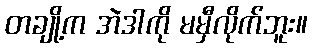
တချို့က အဲဒါကို မမှီလိုက်ဘူး။